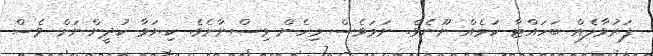
ފަރުވާލެއް ބަހައްޓާ ކަމެއް ނޫނެވެ. ނަމަވެސް މިހެން ވިސްނާށެވެ. ކިޔަވާ ކުދީންނަށް ވެސް